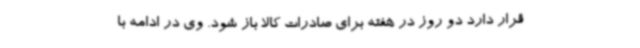
قرار دارد دو روز در هفته برای صادرات کالا باز شود. وی در ادامه با